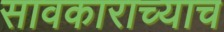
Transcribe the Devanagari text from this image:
सावकाराच्याच